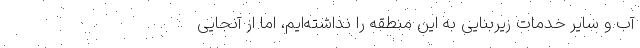
آب و سایر خدمات زیربنایی به این منطقه را نداشته‌ایم، اما از آنجایی